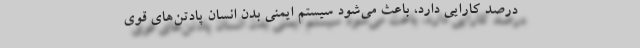
درصد کارایی دارد، باعث می‌شود سیستم ایمنی بدن انسان پادتن‌های قوی